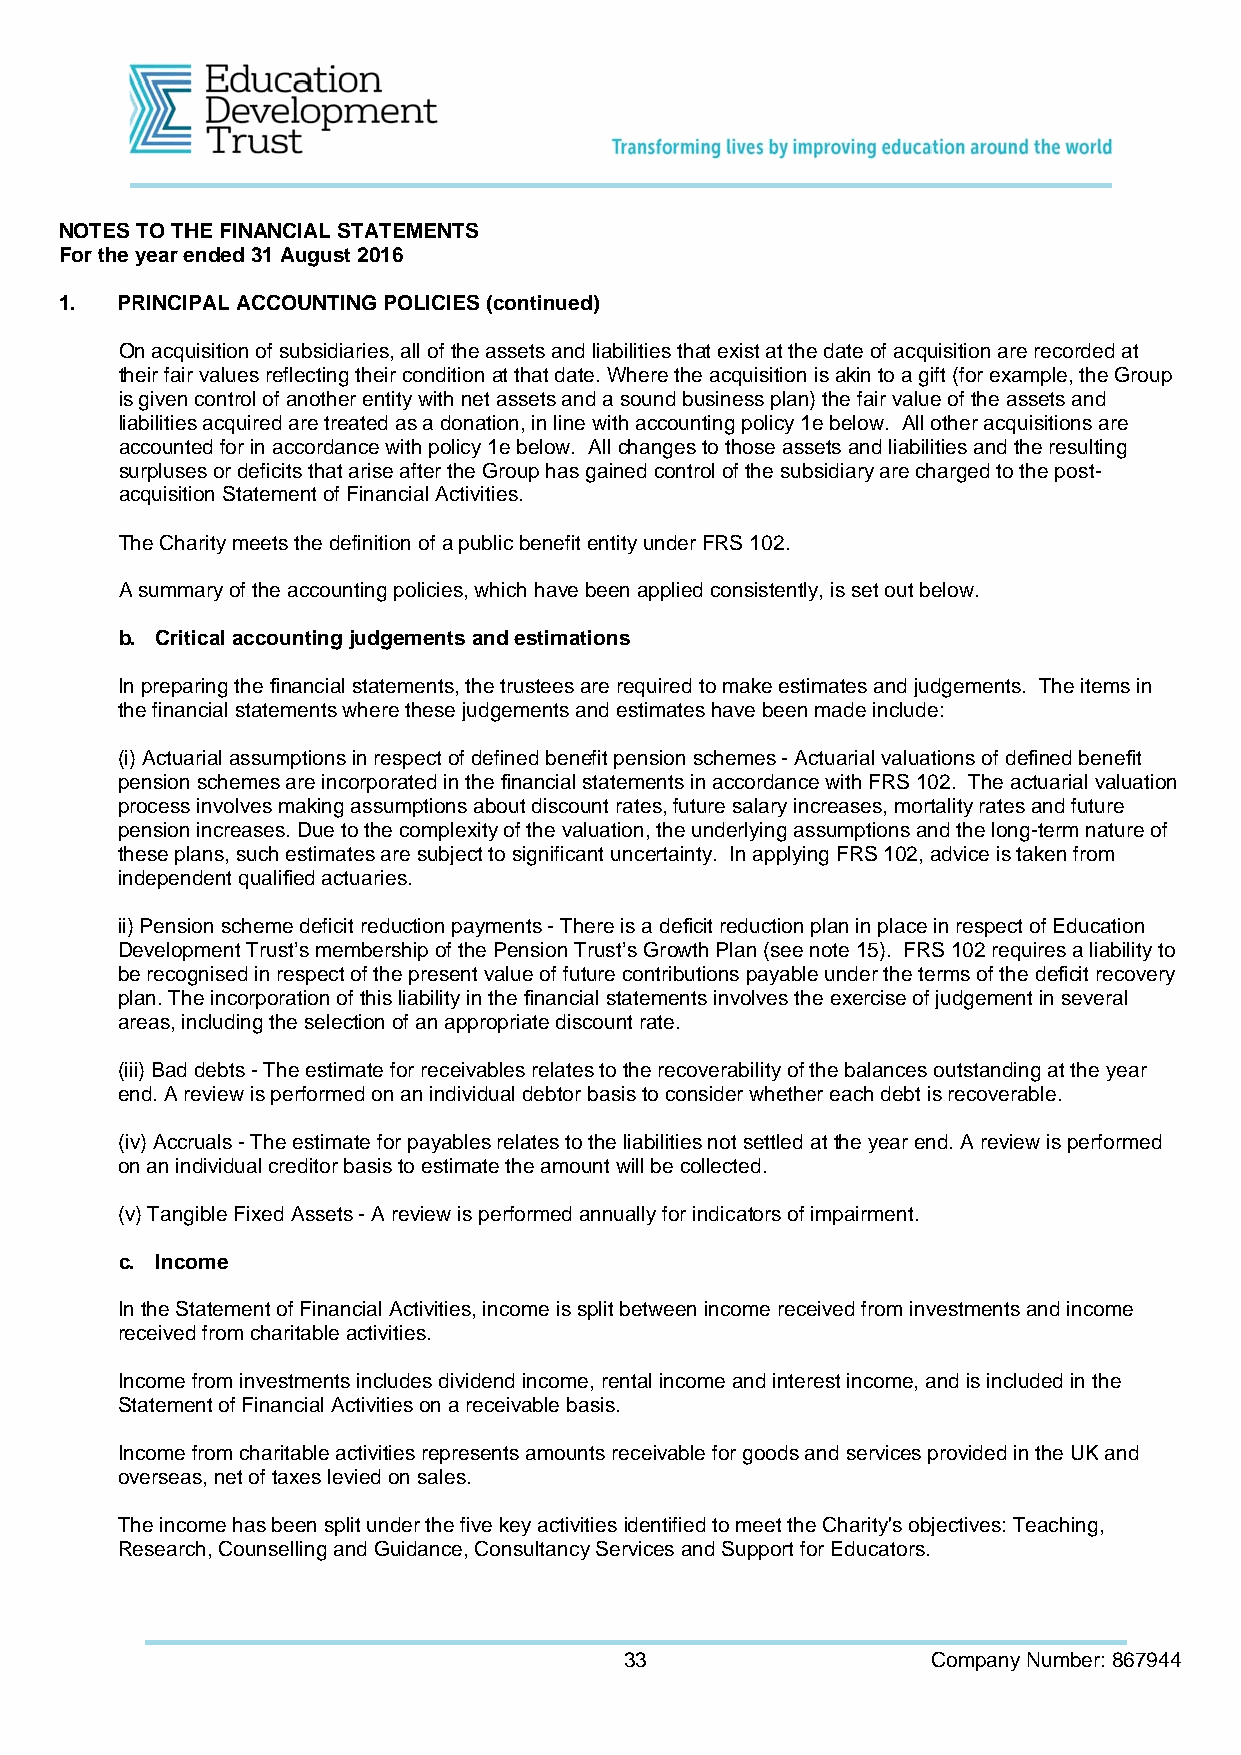
NOTES TO THE FINANCIAL STATEMENTS
 For the year ended 31 August 2016
 1.  PRINCIPAL ACCOUNTING POLICIES (continued)
 On acquisition of subsidiaries, all of the assets and liabilities that exist at the date of acquisition are recorded at
 their fair values reflecting their condition at that date. Where the acquisition is akin to a gift (for example, the Group
 is given control of another entity with net assets and a sound business plan) the fair value of the assets and
 liabilities acquired are treated as a donation, in line with accounting policy 1e below. All other acquisitions are
 accounted for in accordance with policy 1e below. All changes to those assets and liabilities and the resulting
 surpluses or deficits that arise after the Group has gained control of the subsidiary are charged to the post-
 acquisition Statement of Financial Activities.
 The Charity meets the definition of a public benefit entity under FRS 102.
 A summary of the accounting policies, which have been applied consistently, is set out below.
 b. Critical accounting judgements and estimations
 In preparing the financial statements, the trustees are required to make estimates and judgements. The items in
 the financial statements where these judgements and estimates have been made include:
 (i) Actuarial assumptions in respect of defined benefit pension schemes - Actuarial valuations of defined benefit
 pension schemes are incorporated in the financial statements in accordance with FRS 102. The actuarial valuation
 process involves making assumptions about discount rates, future salary increases, mortality rates and future
 pension increases. Due to the complexity of the valuation, the underlying assumptions and the long-term nature of
 these plans, such estimates are subject to significant uncertainty. In applying FRS 102, advice is taken from
 independent qualified actuaries.
 ii) Pension scheme deficit reduction payments - There is a deficit reduction plan in place in respect of Education
 Development Trust’s membership of the Pension Trust’s Growth Plan (see note 15). FRS 102 requires a liability to
 be recognised in respect of the present value of future contributions payable under the terms of the deficit recovery
 plan. The incorporation of this liability in the financial statements involves the exercise of judgement in several
 areas, including the selection of an appropriate discount rate.
 (iii) Bad debts - The estimate for receivables relates to the recoverability of the balances outstanding at the year
 end. A review is performed on an individual debtor basis to consider whether each debt is recoverable.
 (iv) Accruals - The estimate for payables relates to the liabilities not settled at the year end. A review is performed
 on an individual creditor basis to estimate the amount will be collected.
 (v) Tangible Fixed Assets - A review is performed annually for indicators of impairment.
 c. Income
 In the Statement of Financial Activities, income is split between income received from investments and income
 received from charitable activities.
 Income from investments includes dividend income, rental income and interest income, and is included in the
 Statement of Financial Activities on a receivable basis.
 Income from charitable activities represents amounts receivable for goods and services provided in the UK and
 overseas, net of taxes levied on sales.
 The income has been split under the five key activities identified to meet the Charity's objectives: Teaching,
 Research, Counselling and Guidance, Consultancy Services and Support for Educators.
 33                   Company Number: 867944